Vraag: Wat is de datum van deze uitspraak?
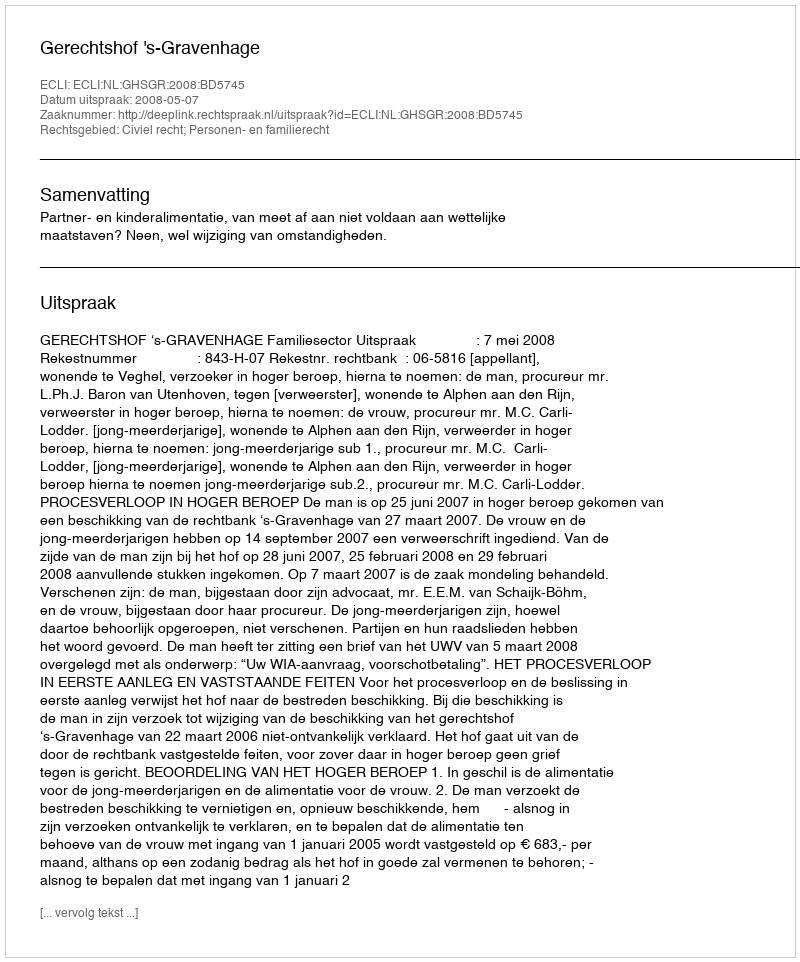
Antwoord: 2008-05-07